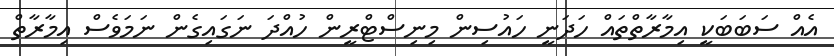
އެއް ސަބަބަކީ އިމާރާތްތައް ހަދަނީ ހައުސިން މިނިސްޓްރީން ހުއްދަ ނަގައިގެން ނަމަވެސް އިމާރާތް